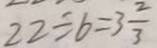
2 2 \div 6 = 3 \frac { 2 } { 3 }